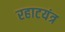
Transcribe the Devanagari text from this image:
रहाटयंत्र